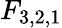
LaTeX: F_{3,2,1}